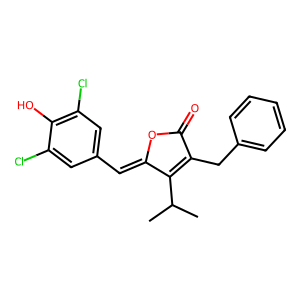
SMILES: CC(C)C1=C(Cc2ccccc2)C(=O)OC1=Cc1cc(Cl)c(O)c(Cl)c1
Inhibits HIV replication: No